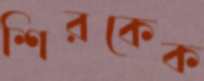
শিরকেক